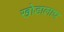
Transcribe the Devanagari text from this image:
खोडालाच